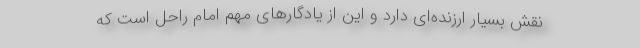
نقش بسیار ارزنده‌ای دارد و این از یادگارهای مهم امام راحل است که